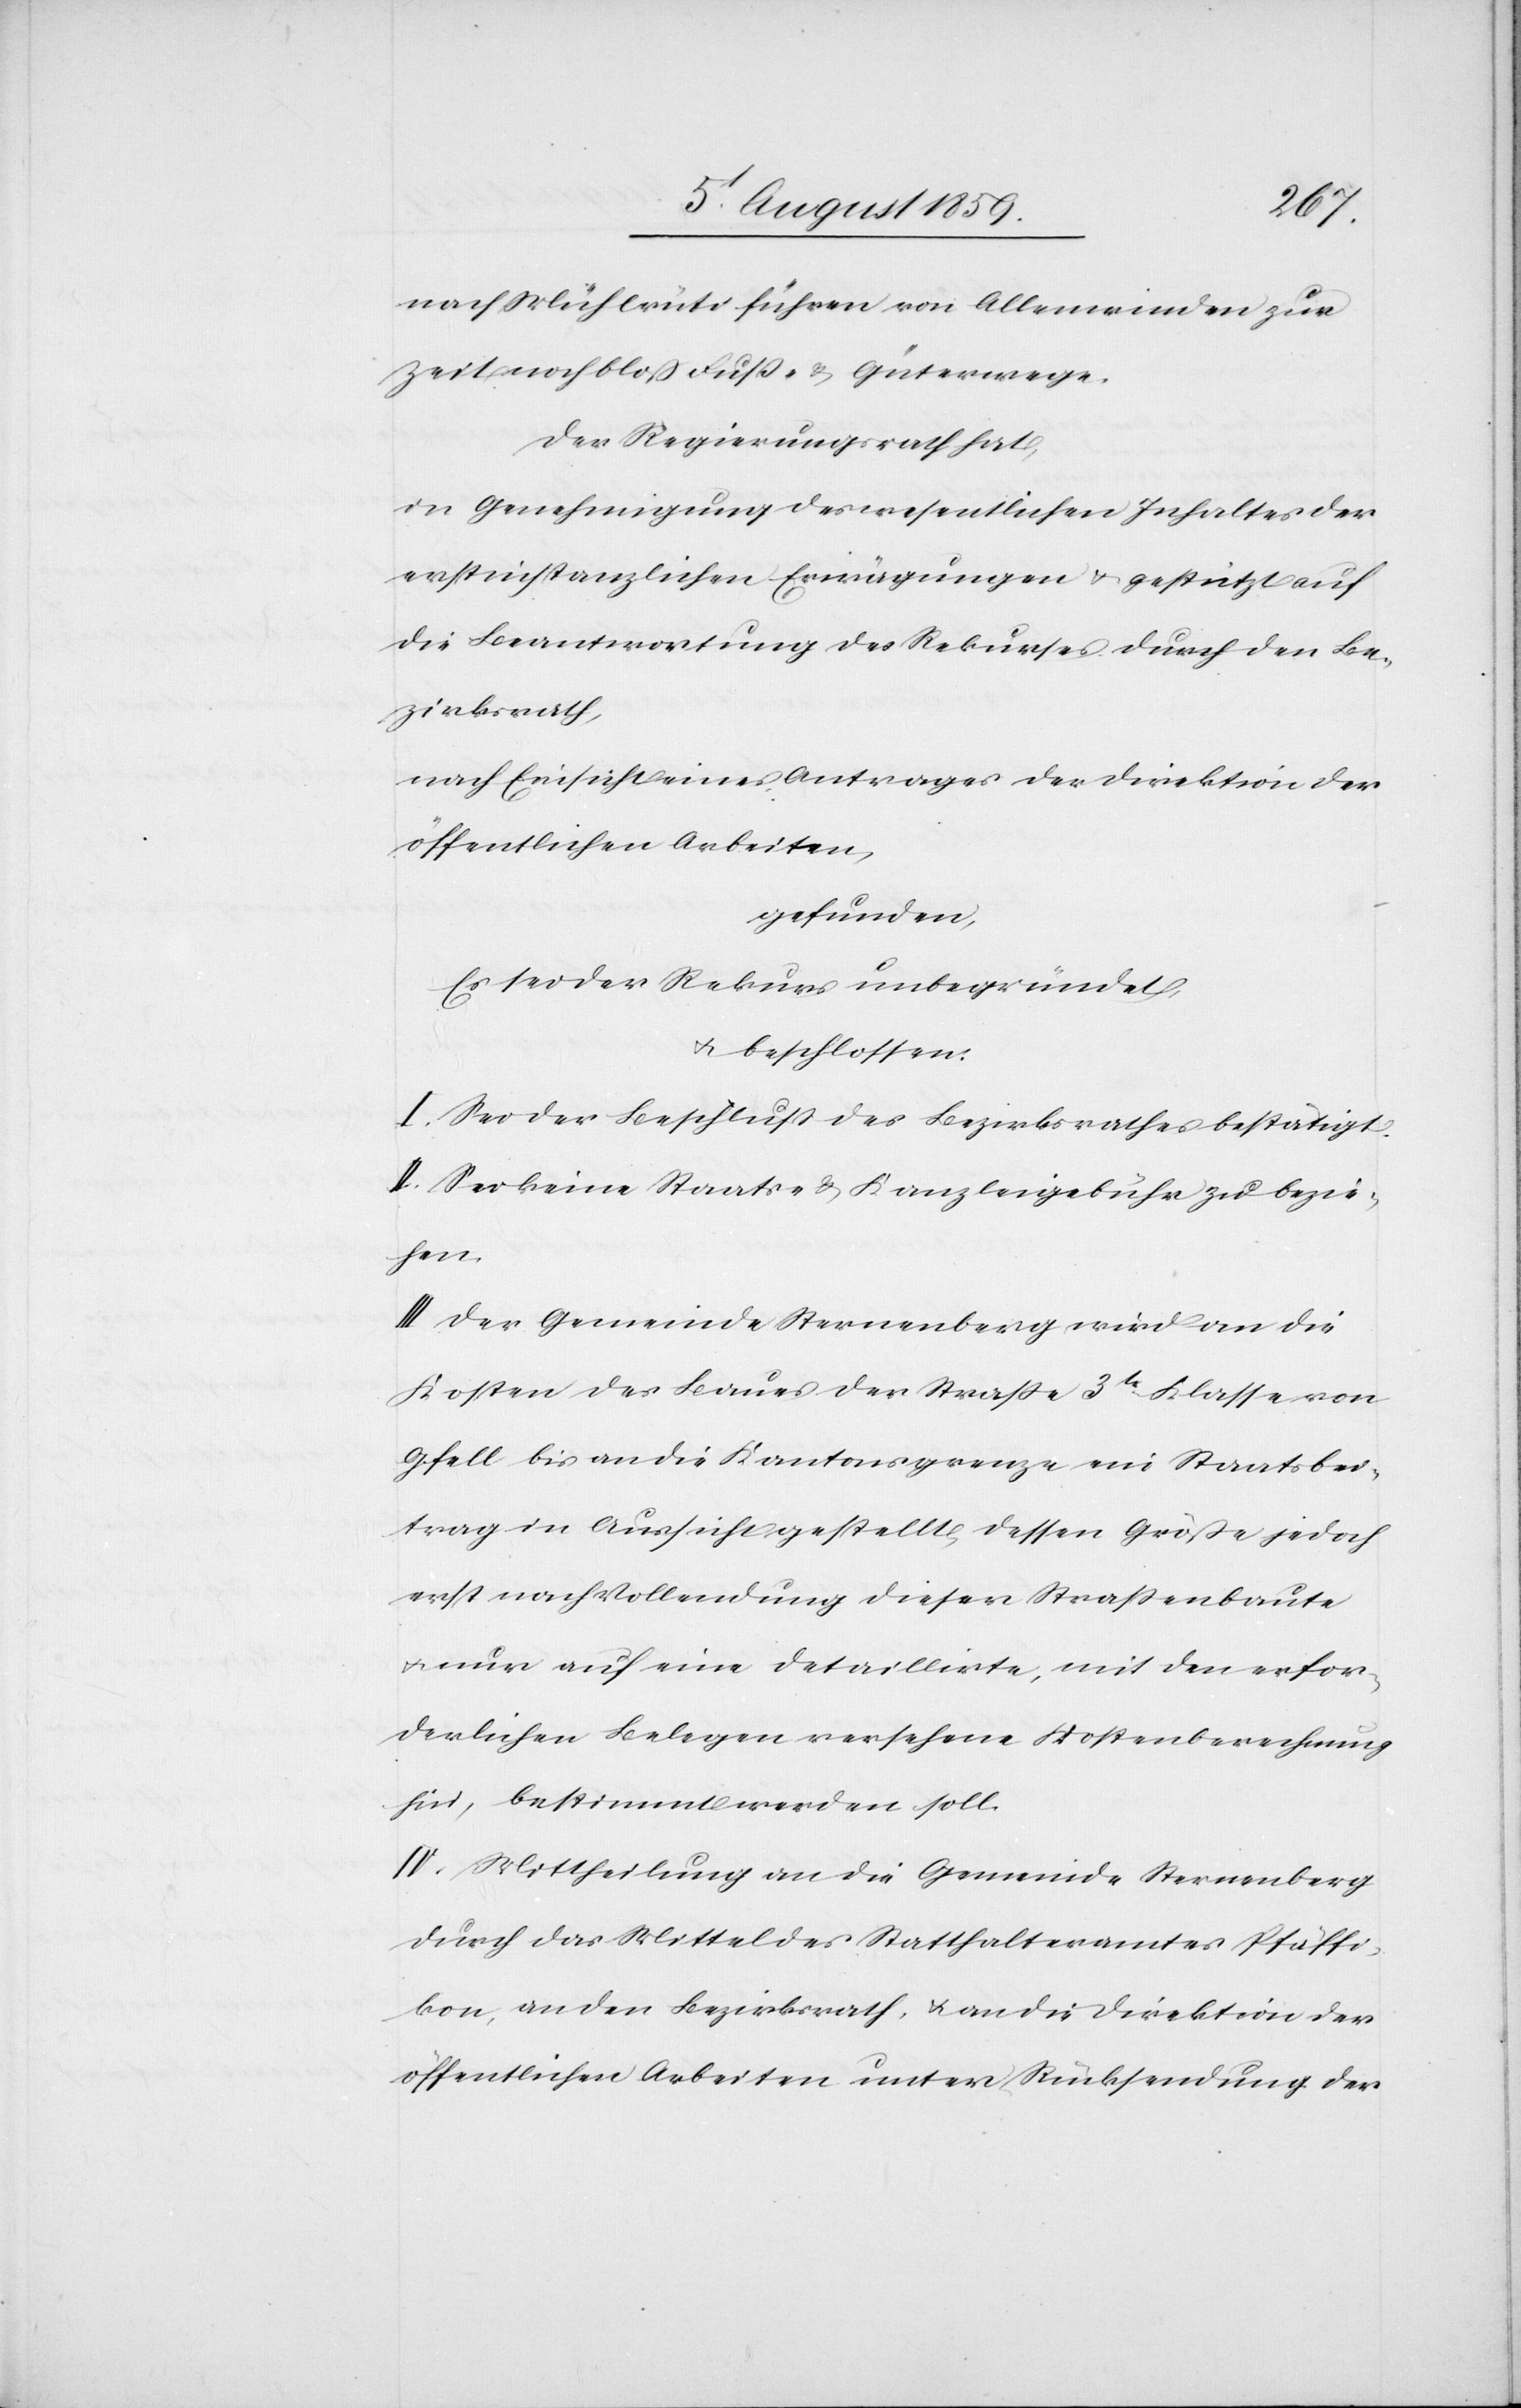
nach Mühlrüti führen von Allenwinden zur
Zeit noch bloß Fuß- u. Güterwege.
Der Regierungsrath hat,
in Genehmigung des wesentlichen Inhaltes der
erstinstanzlichen Erwägungen u. gestützt auf
die Beantwortung des Rekurses durch den Be¬
zirksrath,
nach Einsicht eines Antrages der Direktion der
öffentlichen Arbeiten,
gefunden,
Es sei der Rekurs unbegründet,
u. beschlossen.
I. Sei der Beschluß des Bezirksrathes bestätigt.
II. Sei keine Staats- u. Kanzleigebühr zu bezie¬
hen.
III. Der Gemeinde Sternenberg wird an die
Kosten des Baues der Straße 3tr. Klasse von
Gfell bis an die Kantonsgrenze ein Staatsbei¬
trag in Aussicht gestellt, dessen Größe jedoch
erst nach Vollendung dieser Straßenbaute
u. nur auf eine detaillirte, mit den erfor¬
derlichen Belegen versehene Kostenberechnung
hin, bestimmt werden soll.
IV. Mittheilung an die Gemeinde Sternenberg
durch das Mittel des Statthalteramtes Pfäffi¬
kon, an den Bezirksrath, u. an die Direktion der
öffentlichen Arbeiten unter Rücksendung der